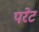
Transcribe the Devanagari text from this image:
परेट